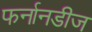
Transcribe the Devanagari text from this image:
फर्नानडीज